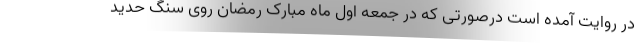
در روایت آمده است درصورتی که در جمعه اول ماه مبارک رمضان روی سنگ حدید